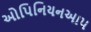
ઓપિનિયનઆપ